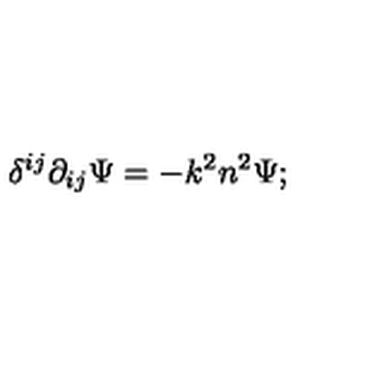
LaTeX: \delta ^ { i j } \partial _ { i j } \Psi = - k ^ { 2 } n ^ { 2 } \Psi ;